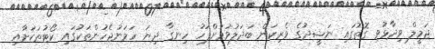
ޖަމީލް ވިދާޅުވި ގޮތުގައި ނަޝީދުގެ ވެރިކަން ބަދަލުވުމަށްފަހު ހިނގާ ދިޔަ ހަމަނުޖެހުންތަކުގައި ކޯޓުތަކަށާއި